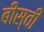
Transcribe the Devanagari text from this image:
बीस्वीं